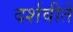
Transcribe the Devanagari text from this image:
दर्शवीते